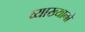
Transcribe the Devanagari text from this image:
व्याख्यानो